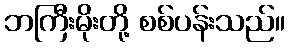
ဘကြီးမိုးတို့ စစ်ပန်းသည်။